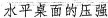
水平桌面的压强